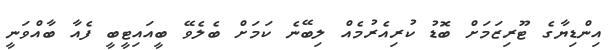
އިންޑިޔާގެ ޓޫރިޒަމަށް ބޮޑު ކުރިއެރުމެއް ލިބޭނެ ކަމަށް ބެލެވޭ ބީއައިޓީބީ ފެއާ ބާއްވަނީ